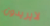
لايريدون